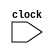
module processor(clock);
    // CLOCK
    input clock; 
    // Program Counter
    reg [31:0] PC;
    
    // PIPELINE REGISTERS
    reg [63:0] IFID;
    reg [126:0] IDEX;
    reg [68:0] EXMEM;
    reg [36:0] MEMWB;
    
    // Control Signals Pipeline Registers
    reg [10:0]EX; // All Control Signals except RegDest
    reg [3:0]MEM; // Control signals like MemRead, MemWrite, MemtoReg, RegWrite
    reg WB; // RegWrite
    
    // Intruction and Data Memory
    reg [31:0]InsMem[0:1023], DatMem[0:1023];
    // Registers 32 registers of 32 bits each
    reg [31:0]Reg[0:31];
    // Other Connections
    reg [4:0] Rs, Rt, Rd;
    reg [5:0] opcode, func;
    reg RegDst,MemtoReg;
    reg [31:0] DataOut;
    integer i;

    initial
        begin
        InsMem[0] = 32'b00000000001000100001100000000000; // ADD R1 R2 R3
        InsMem[1] = 32'b00000000100001010011000000000010; // SUB R4 R5 R6
        InsMem[2] = 32'b00000000111010000100100000000100; // AND R7 R8 R9
        
        // Lets store R1= 1, R2 = 2, R3 = 0, R4 = 5,R5 = 4, R6 = 1, R7 = 7, R8 = 8, R9 = 0
        // After Execution R3 = 3, R6 = 1, R9 = 0
        PC = 32'h000000000; // Address of First Instructiom
        // Initialize all the PIPELINE REGISTERS and CONTROL REGISTERS TO ZERO
        IFID = 64'd0;
        IDEX = 127'd0;
        EXMEM = 69'd0;
        MEMWB = 37'd0;
        
        EX = 11'd0;
        MEM = 4'd0;
        WB = 1'b0;
        RegDst = 1'b1;
        
        for(i=0;i<=31;i=i+1) 
            Reg[i] = i; // Initializing the Register Bank
      
        Reg[5] = 32'd4;
        Reg[4] = 32'd1;
        
        end
    always @(posedge clock)
        begin
            // Instruction Fetch
            IFID[63:32] <= InsMem[PC];
            IFID[31:0] <= PC;
            PC <= PC+1;
            
            // Instruction Decode

            // Control Signal Generation
            opcode <= IFID[63:58]; // Entire Opcode
            func <= IFID[37:32]; // Last Four Bits of 
            // R-Type Instructions
            if(opcode==6'b000000)
                begin
                RegDst <= 1; // Destination Register for R type is always Rd
                    if(func == 6'b000000)
                        begin
                            RegDst = 1'b1;
                            EX[0] <= 0; // Extention Operation
                            EX[1] <= 0; // ALU Source
                            EX[3:2] <= 2'b00; // ALU Control ~~~~~~~~~~~ ADD R-Type Instruction
                            EX[6:4] <= 3'b000; // J Beq Bne
                            EX[9:7] <= 3'b000; // MemRead, Memwrite, MemtoReg
                            EX[10] <= 1; // RegWrite                                                       
                        end
                    if(func == 6'b000010)
                            begin
                                RegDst = 1'b1;
                                EX[0] <= 0; // Extention Operation
                                EX[1] <= 0; // ALU Source
                                EX[3:2] <= 2'b01; // ALU Control ~~~~~~~~~~~ SUB R-Type Instruction
                                EX[6:4] <= 3'b000; // J Beq Bne
                                EX[9:7] <= 3'b000; // MemRead, Memwrite, MemtoReg
                                EX[10] <= 1; // RegWrite                                                       
                            end
                    if(func == 6'b000100)
                            begin
                                RegDst = 1'b1;
                                EX[0] <= 0; // Extention Operation
                                EX[1] <= 0; // ALU Source
                                EX[3:2] <= 2'b10; // ALU Control ~~~~~~~~~~~ AND R-Type Instruction
                                EX[6:4] <= 3'b000; // J Beq Bne
                                EX[9:7] <= 3'b000; // MemRead, Memwrite, MemtoReg
                                EX[10] <= 1; // RegWrite                                                       
                            end

                    if(func == 6'b000110)
                            begin
                                RegDst = 1'b1;
                                EX[0] <= 0; // Extention Operation
                                EX[1] <= 0; // ALU Source
                                EX[3:2] <= 2'b11; // ALU Control ~~~~~~~~~~~ OR R-Type Instruction
                                EX[6:4] <= 3'b000; // J Beq Bne
                                EX[9:7] <= 3'b000; // MemRead, Memwrite, MemtoReg
                                EX[10] <= 1; // RegWrite                                                       
                            end                               
                end
            else
                EX <= 11'b10000000000;


            Rs <= IFID[57:53]; // Source Register
            Rt <= IFID[52:48]; // Second Source Register 
            Rd <= RegDst?IFID[47:43]:MEMWB[36:32]; // Destination Register
            IDEX[31:0] <= PC;
            IDEX[57:32] <= IFID[47:32];
            IDEX[89:58] <= Reg[Rs];
            IDEX[121:90] <= Reg[Rt];
            IDEX[126:122] <= Rd; // pipeline registers
            

            
            // Execute or Address Calculation
            
            // Control Signal Copy
            MEM[2:0] <= EX[9:7];
            MEM[3] <= EX[10];
            
            case(EX[3:2])
                2'b00: EXMEM[31:0] <= IDEX[121:90] + IDEX[89:58]; // ADD
                2'b01: EXMEM[31:0] <= IDEX[121:90] - IDEX[89:58]; // SUB
                2'b10: EXMEM[31:0] <= IDEX[121:90] & IDEX[89:58]; // AND
                2'b11: EXMEM[31:0] <= IDEX[121:90] | IDEX[89:58]; // OR

            endcase
            
            EXMEM[68:64] <= IDEX[126:122];
            EXMEM[63:32] <= IDEX[121:90]; // Pipeline registers
            
            // Memory Stage
            WB <= MEM[3];
            
            // NOT COMPLETE
            DataOut <= DatMem[EXMEM[31:0]];
            MEMWB[31:0] <= EX[9]?DataOut:EXMEM[31:0];
            MEMWB[36:32] <= EXMEM[68:64]; // Pipeline registers

            
            // Write back Stage
            if(WB)
                begin
                   Reg[MEMWB[36:32]] <= MEMWB[31:0];
                end
            $display(Reg[6]);

            
        end

endmodule